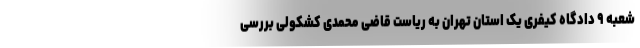
شعبه ۹ دادگاه کیفری یک استان تهران به ریاست قاضی محمدی کشکولی بررسی